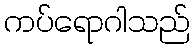
ကပ်ရောဂါသည်